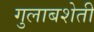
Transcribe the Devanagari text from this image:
गुलाबशेती